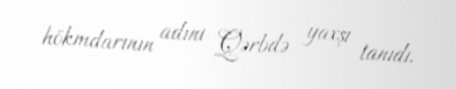
hökmdarının adını Qərbdə yaxşı tanıdı.